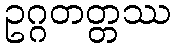
ဥဂ္ဂတတ္တဿ